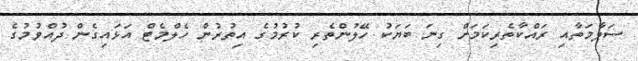
ސަލާމަތާއި ރައްކާތެރިކަމަށް ގިނަ ބަޔަކު ހޭލުންތެރި ކުރުމުގެ އިތުރުން ހެލްމެޓް އަޅައިގެން ދުއްވުމުގެ